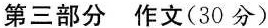
第三部分作文(30分)